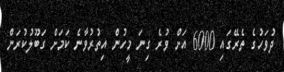
ދުވަހުގެ ތެރޭގައި 6000 އަށް ވުރެ ގިނަ މީހުން އިތުރުވާނެ ކަމަށް ގަބޫލުކުރަން